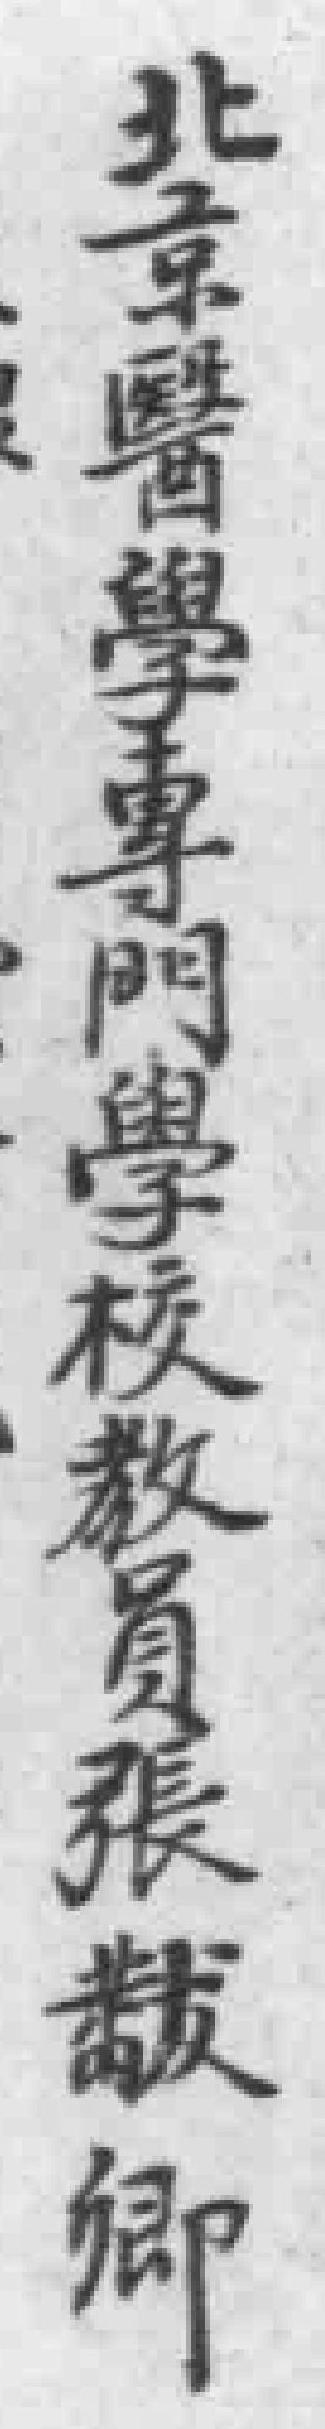
北章醫學專門學校教員張黻卿